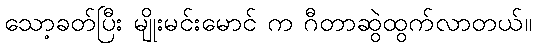
သော့ခတ်ပြီး မျိုးမင်းမောင် က ဂီတာဆွဲထွက်လာတယ်။